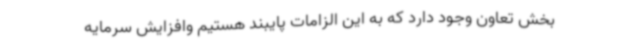
بخش تعاون وجود دارد که به این الزامات پایبند هستیم وافزایش سرمایه